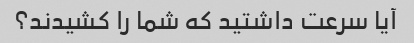
آیا سرعت داشتید که شما را کشیدند؟